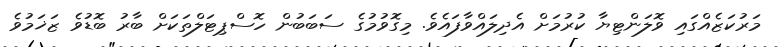
މަރުކަޒެއްގައި ވޮލަންޓިޔާ ކުރުމަށް އެދިލައްވާފައެވެ. މިގޮވުމުގެ ސަބަބުން ހޮސްޕިޓަލްތަކަށް ބާރު ބޮޑުވެ ޒަޚަމުވެ